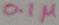
Text: 0.1µ